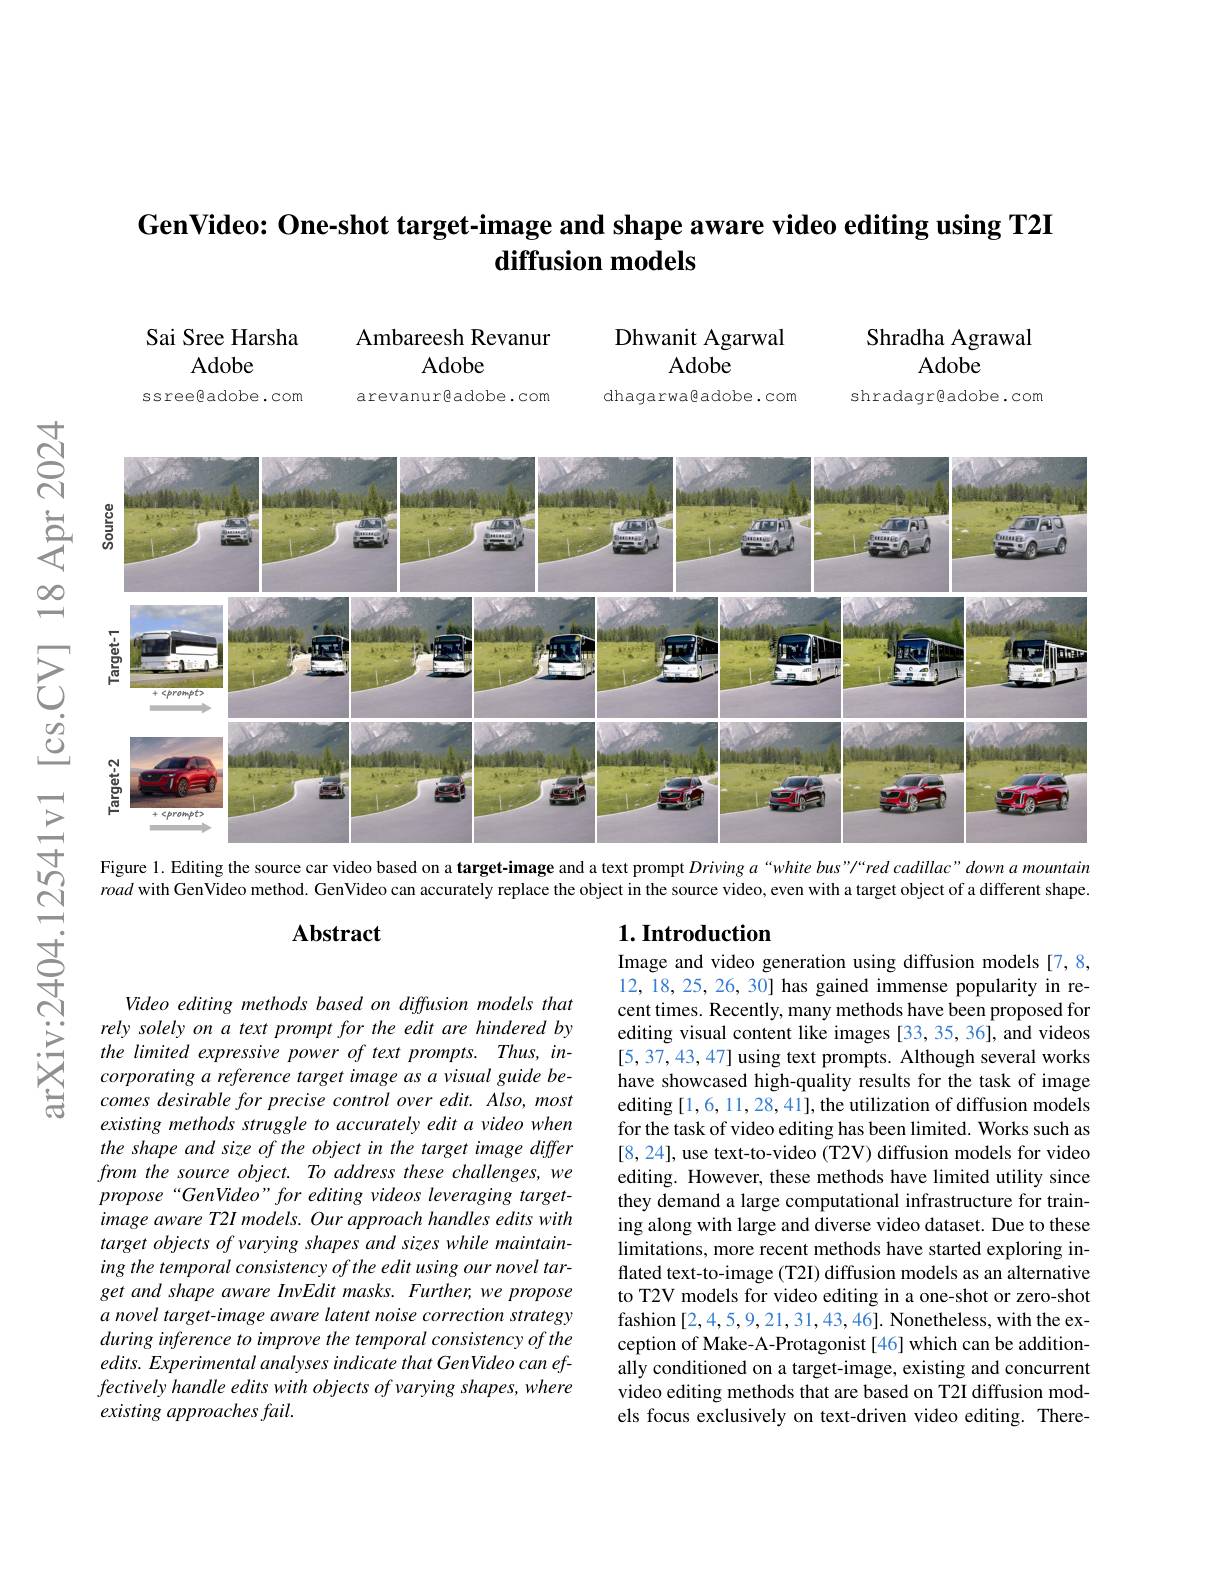
# GenVideo: One-shot target-image and shape aware video editing using T2I diffusion models

Sai Sree Harsha
Adobe

Shradha Agrawal
Adobe

Ambareesh Revanur
Dhwanit Agarwal
Adobe
Adobe
ssreegadobe.com
arevanurêadobe.com
dhagarwagadobe.com
shradagr@adobe.com

$હું$ $ഇ$
<FigureHere>
>

Figure 1. Editing the source car video based on a target-image and a text prompt Drivinga “white bus"/“red cadillac" down a mountain

road with GenVideo method. GenVideo can accurately replace the object in the source video, even with a target object of a different shape.

### $1. \textbf{Introduction}$

### $\mathbf{Abstract}$

arXiv:2404.

Image and video generation using diffusion models [7,8, 12, 18, 25, 26, 30] has gained immense popularity in recent times. Recently, many methods have been proposed for editing visual content like images [33,35, 36], and videos [5,37,43,47] using text prompts. Although several works have showcased high-quality results for the task of image editing [1,6,11,28,41],the utilization of diffusion models for the task of video editing has been limited. Works such as [8,24],use text-to-video(T2V) diffusion models for video editing. However, these methods have limited utility since they demand a large computational infrastructure for training along with large and diverse video dataset. Due to these limitations, more recent methods have started exploring inflated text-to-image (T2I) diffusion models as an alternative to T2V models for video editing in a one-shot or zero-shot fashion[2,4,5,9,21,31,43,46]. Nonetheless, with the exception of Make-A-Protagonist[46]which can be additionally conditioned on a target-image, existing and concurrent video editing methods that are based on T2I diffusion models focus exclusively on text-driven video editing. There-

Video editing methods based on diffusion models that rely solely on a text prompt for the edit are hindered by the limited expressive power of text prompts. Thus, incorporating a reference target image as a visual guide becomes desirable for precise control over edit. Also, most existing methods struggle to accurately edit a video when the shape and size of the object in the target image differ from the source object. To address these challenges, we propose“GenVideo”for editing videos leveraging targetimage aware T2I models. Our approach handles edits with target objects of varying shapes and sizes while maintaining the temporal consistency of the edit using our novel target and shape aware InvEdit masks. Further, we propose a novel target- image aware latent noise correction strategy during inference to improve the temporal consistency of the edits. Experimental analyses indicate that GenVideo can effectively handle edits with objects of varying shapes, where existing approaches fail.